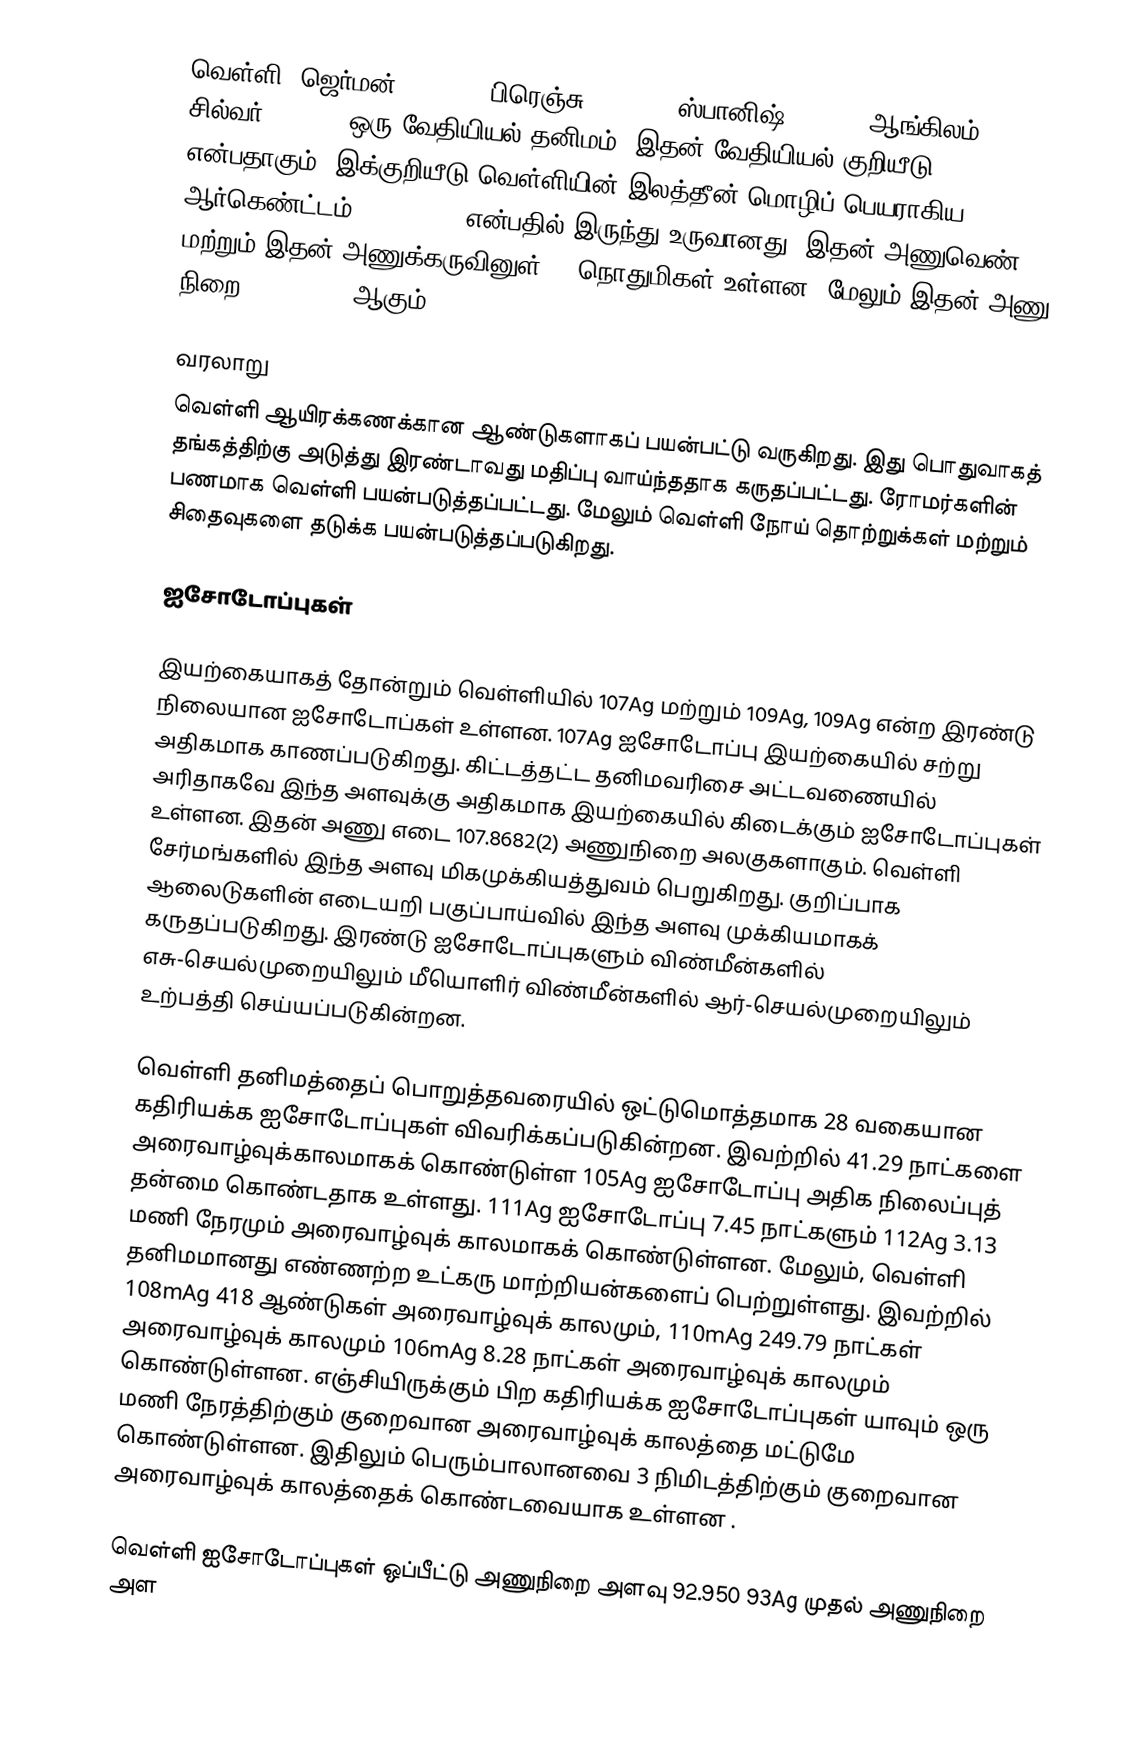
வெள்ளி (ஜெர்மன்: Silber, பிரெஞ்சு: Argent, ஸ்பானிஷ்: Plata, ஆங்கிலம்: Silver, சில்வர் (IPA: ) ஒரு வேதியியல் தனிமம். இதன் வேதியியல் குறியீடு Ag என்பதாகும். இக்குறியீடு வெள்ளியின் இலத்தீன் மொழிப் பெயராகிய ஆர்கெண்ட்டம் (Argentum) என்பதில் இருந்து உருவானது. இதன் அணுவெண் 47, மற்றும் இதன் அணுக்கருவினுள் 60 நொதுமிகள் உள்ளன. மேலும் இதன் அணு நிறை 107.86 amu ஆகும்

வரலாறு
வெள்ளி ஆயிரக்கணக்கான ஆண்டுகளாகப் பயன்பட்டு வருகிறது. இது பொதுவாகத் தங்கத்திற்கு அடுத்து இரண்டாவது மதிப்பு வாய்ந்ததாக கருதப்பட்டது. ரோமர்களின் பணமாக வெள்ளி பயன்படுத்தப்பட்டது. மேலும் வெள்ளி நோய் தொற்றுக்கள் மற்றும் சிதைவுகளை தடுக்க பயன்படுத்தப்படுகிறது.

ஐசோடோப்புகள்

இயற்கையாகத் தோன்றும் வெள்ளியில் 107Ag மற்றும் 109Ag, 109Ag என்ற இரண்டு நிலையான ஐசோடோப்கள் உள்ளன. 107Ag  ஐசோடோப்பு இயற்கையில் சற்று அதிகமாக காணப்படுகிறது. கிட்டத்தட்ட தனிமவரிசை அட்டவணையில் அரிதாகவே இந்த அளவுக்கு அதிகமாக இயற்கையில் கிடைக்கும் ஐசோடோப்புகள் உள்ளன. இதன் அணு எடை 107.8682(2) அணுநிறை அலகுகளாகும். வெள்ளி சேர்மங்களில் இந்த அளவு மிகமுக்கியத்துவம் பெறுகிறது. குறிப்பாக ஆலைடுகளின் எடையறி பகுப்பாய்வில் இந்த அளவு முக்கியமாகக் கருதப்படுகிறது. இரண்டு ஐசோடோப்புகளும் விண்மீன்களில் எசு-செயல்முறையிலும் மீயொளிர் விண்மீன்களில் ஆர்-செயல்முறையிலும் உற்பத்தி செய்யப்படுகின்றன.

வெள்ளி தனிமத்தைப் பொறுத்தவரையில் ஒட்டுமொத்தமாக 28 வகையான கதிரியக்க ஐசோடோப்புகள் விவரிக்கப்படுகின்றன. இவற்றில்  41.29 நாட்களை அரைவாழ்வுக்காலமாகக் கொண்டுள்ள  105Ag ஐசோடோப்பு அதிக நிலைப்புத் தன்மை கொண்டதாக உள்ளது. 111Ag ஐசோடோப்பு 7.45 நாட்களும் 112Ag 3.13 மணி நேரமும் அரைவாழ்வுக் காலமாகக் கொண்டுள்ளன. மேலும், வெள்ளி தனிமமானது எண்ணற்ற உட்கரு மாற்றியன்களைப் பெற்றுள்ளது. இவற்றில் 108mAg 418 ஆண்டுகள் அரைவாழ்வுக் காலமும், 110mAg 249.79 நாட்கள் அரைவாழ்வுக் காலமும் 106mAg 8.28 நாட்கள் அரைவாழ்வுக் காலமும் கொண்டுள்ளன. எஞ்சியிருக்கும் பிற கதிரியக்க ஐசோடோப்புகள் யாவும் ஒரு மணி நேரத்திற்கும் குறைவான அரைவாழ்வுக் காலத்தை மட்டுமே கொண்டுள்ளன. இதிலும் பெரும்பாலானவை 3 நிமிடத்திற்கும் குறைவான அரைவாழ்வுக் காலத்தைக் கொண்டவையாக உள்ளன .

வெள்ளி ஐசோடோப்புகள் ஒப்பீட்டு அணுநிறை அளவு 92.950 93Ag முதல் அணுநிறை அள